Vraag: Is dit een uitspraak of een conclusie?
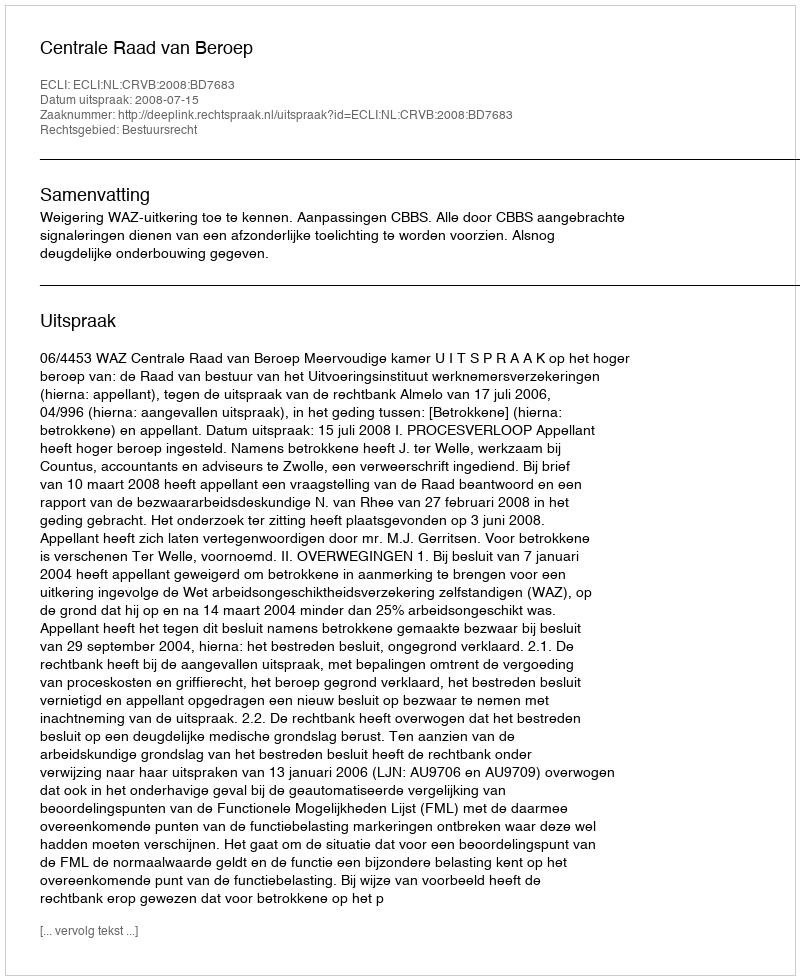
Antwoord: Uitspraak